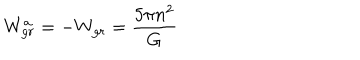
LaTeX: W _ { g r } ^ { a } = - W _ { g r } = { \frac { 5 \pi n ^ { 2 } } { G } }